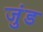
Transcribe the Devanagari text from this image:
जुंड